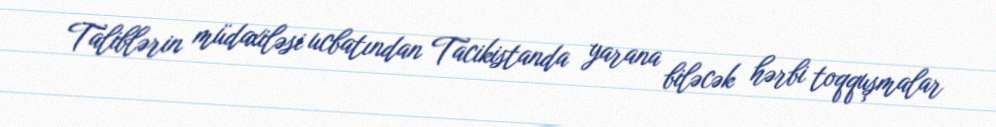
Taliblərin müdaxiləsi ucbatından Tacikistanda yarana biləcək hərbi toqquşmalar